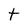
Character: t